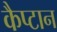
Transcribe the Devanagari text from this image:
कैप्टान